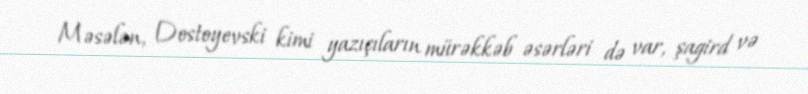
Məsələn, Dostoyevski kimi yazıçıların mürəkkəb əsərləri də var, şagird və